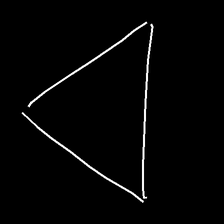
Glyph: convergence